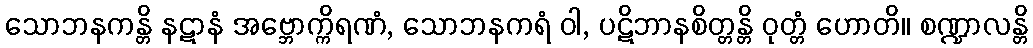
သောဘနကန္တိ နဋာနံ အဗ္ဘောက္ကိရဏံ, သောဘနကရံ ဝါ, ပဋိဘာနစိတ္တန္တိ ဝုတ္တံ ဟောတိ။ စဏ္ဍာလန္တိ